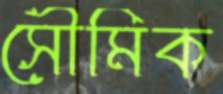
সৌমিক